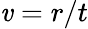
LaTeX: \mathit{v}=r/t